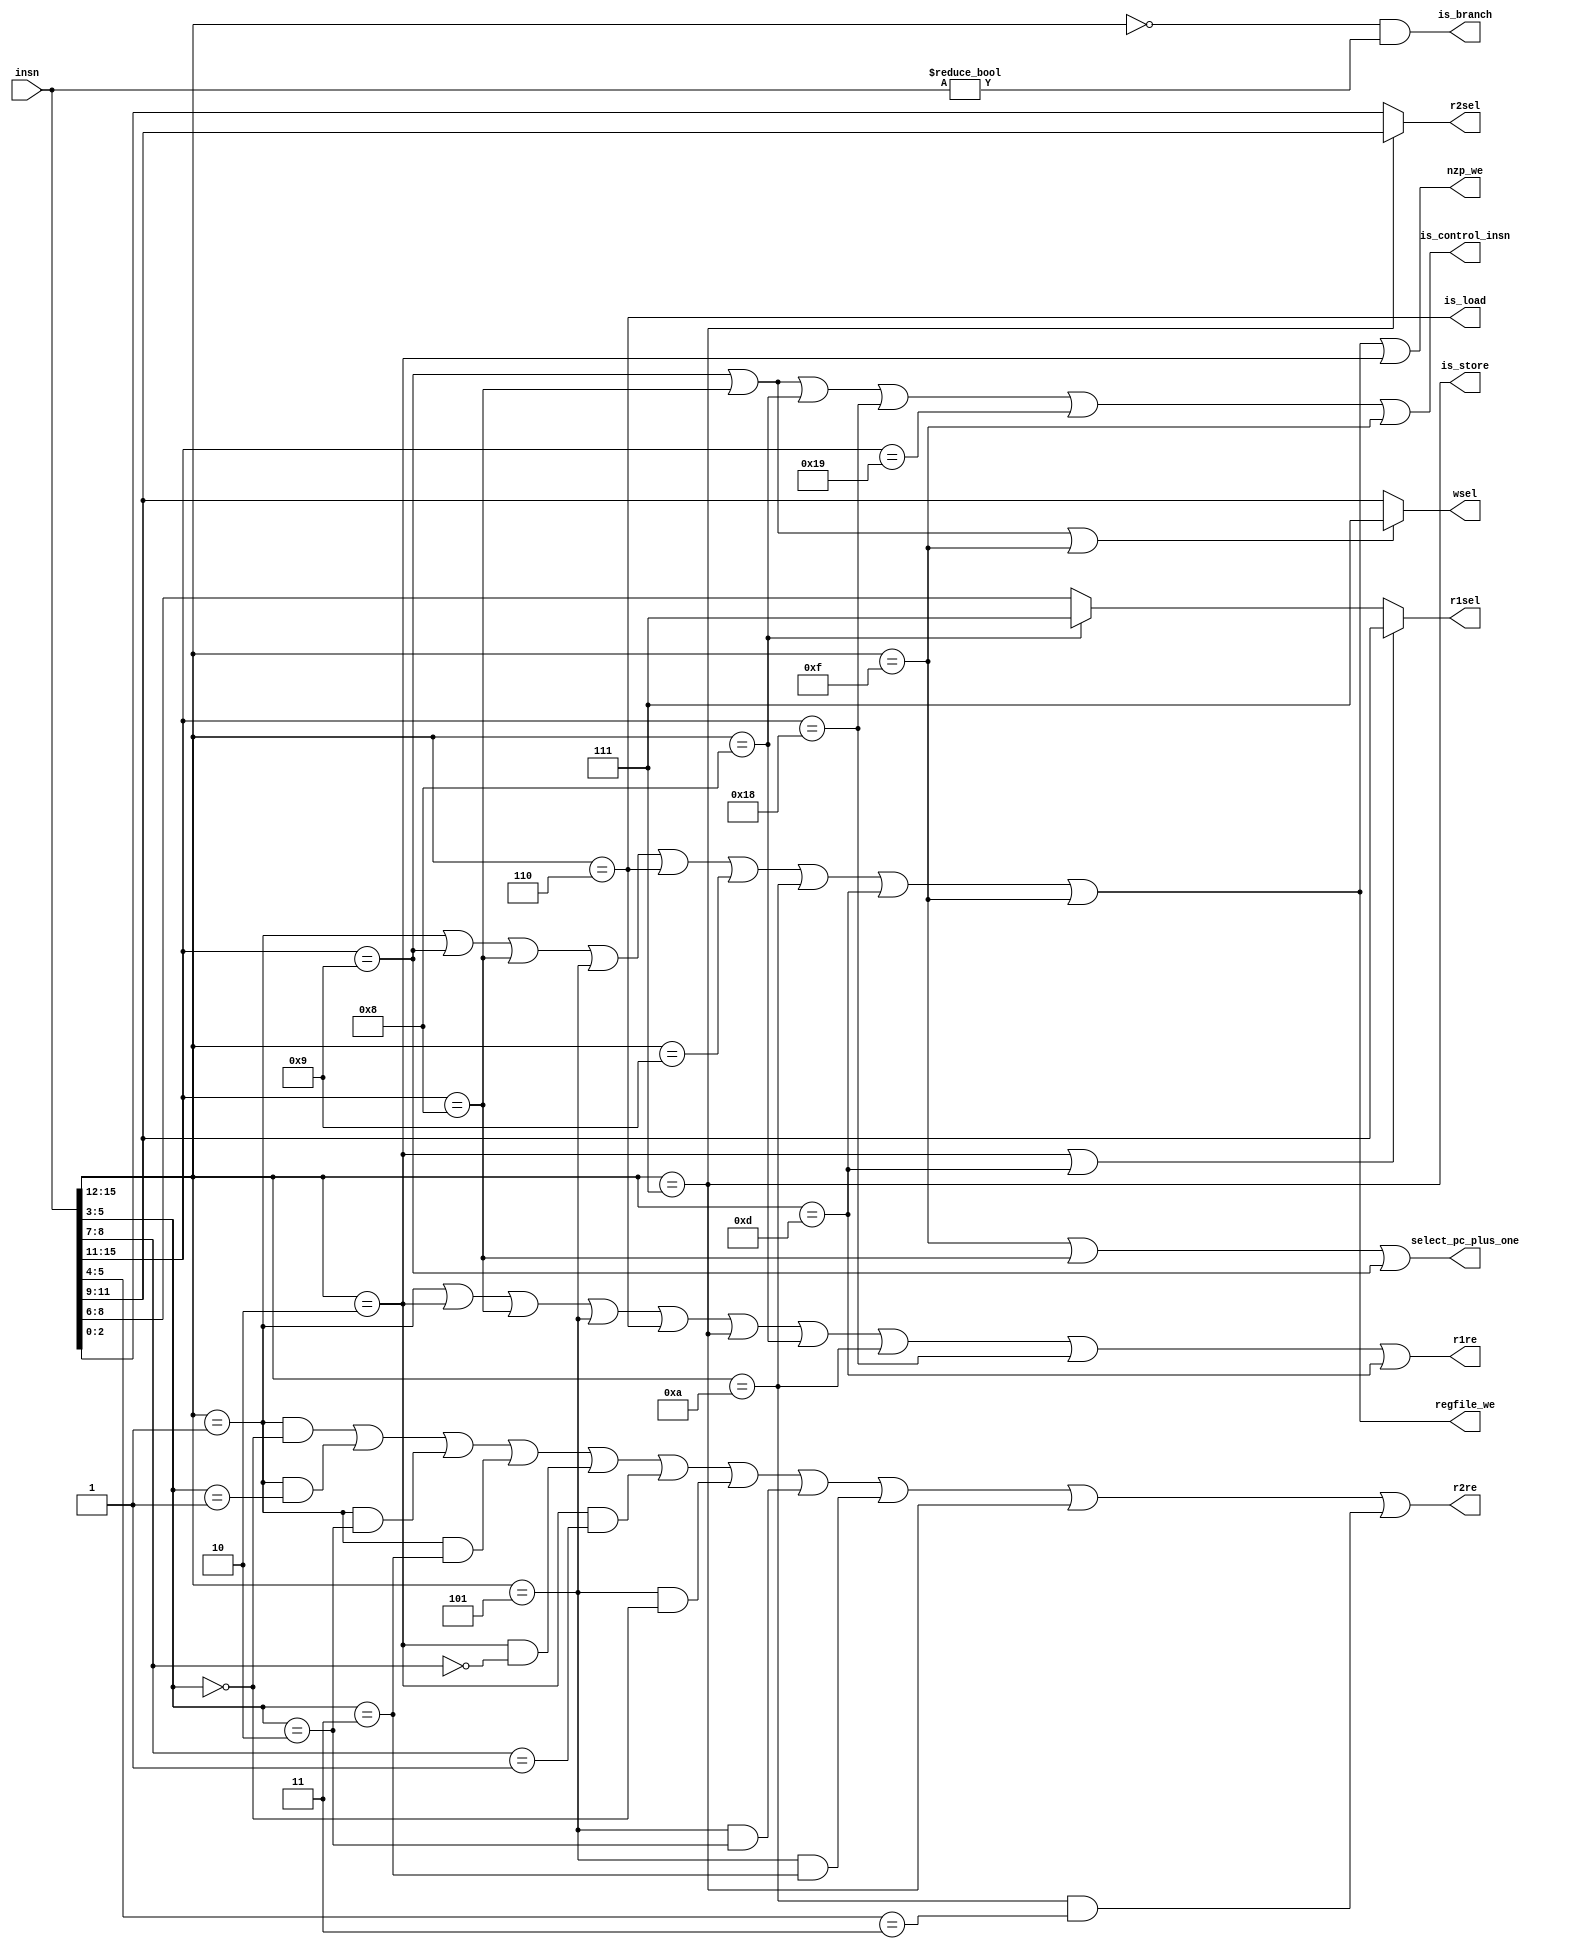
`timescale 1ns / 1ps
`default_nettype none

module lc4_decoder(input  wire [15:0] insn,               // instruction
                   output wire [ 2:0] r1sel,              // rs
                   output wire        r1re,               // does this instruction read from rs?
                   output wire [ 2:0] r2sel,              // rt
                   output wire        r2re,               // does this instruction read from rt?
                   output wire [ 2:0] wsel,               // rd
                   output wire        regfile_we,         // does this instruction write to rd?
                   output wire        nzp_we,             // does this instruction write the NZP bits?
                   output wire        select_pc_plus_one, // route PC+1 to the ALU instead of rs?
                   output wire        is_load,            // is this a load instruction?
                   output wire        is_store,           // is this a store instruction?
                   output wire        is_branch,          // is this a branch instruction?
                   output wire        is_control_insn     // is this a control instruction (JSR, JSRR, RTI, JMPR, JMP, TRAP)?
                   );
   
   // Instruction decoder
   wire [3:0] opcode = insn[15:12];
   assign     is_branch = (opcode == 4'b0000 & insn != 0);

   wire       is_arith = (opcode == 4'b0001);
   wire       is_add = (is_arith & (insn[5:3] == 3'b000));
   wire       is_mul = (is_arith & (insn[5:3] == 3'b001));
   wire       is_sub = (is_arith & (insn[5:3] == 3'b010));
   wire       is_div = (is_arith & (insn[5:3] == 3'b011));
   wire       is_addi = (is_arith & insn[5]);

   wire       is_compare = (opcode == 4'b0010);
   wire       is_cmp = (is_compare & (insn[8:7] == 2'b00));
   wire       is_cmpu = (is_compare & (insn[8:7] == 2'b01));
   wire       is_cmpi = (is_compare & (insn[8:7] == 2'b10));
   wire       is_cmpiu = (is_compare & (insn[8:7] == 2'b11));

   wire       is_jsr = (insn[15:11] == 5'b01001);
   wire       is_jsrr = (insn[15:11] == 5'b01000);

   wire       is_logic = (opcode == 4'b0101);
   wire       is_and = (is_logic & (insn[5:3] == 3'b000));
   wire       is_not = (is_logic & (insn[5:3] == 3'b001));
   wire       is_or = (is_logic & (insn[5:3] == 3'b010));
   wire       is_xor = (is_logic & (insn[5:3] == 3'b011));
   wire       is_andi = (is_logic & insn[5]);
   

   wire       is_ldr = (opcode == 4'b0110);
   wire       is_str = (opcode == 4'b0111);
   wire       is_rti = (opcode == 4'b1000);
   wire       is_const = (opcode == 4'b1001);

   wire       is_shift = (opcode == 4'b1010);
   wire       is_sll = (is_shift & (insn[5:4] == 2'b00));
   wire       is_sra = (is_shift & (insn[5:4] == 2'b01));
   wire       is_srl = (is_shift & (insn[5:4] == 2'b10));
   wire       is_mod = (is_shift & (insn[5:4] == 2'b11));

   
   wire       is_jmpr = (insn[15:11] == 5'b11000);
   wire       is_jmp = (insn[15:11] == 5'b11001);
   wire       is_hiconst = (opcode == 4'b1101);
   wire       is_trap = (opcode == 4'b1111);
   

   // Register file
   assign r1sel = (is_compare | is_hiconst) ? insn[11:9] :  /*rs*/
                  (is_rti) ? 3'd7 : insn[8:6];
   assign r1re = is_arith | 
                 is_compare | 
                 is_jsrr | 
                 is_logic | 
                 is_ldr | 
                 is_str | 
                 is_rti | 
                 is_shift | 
                 is_jmpr |
                 is_hiconst
                 ;
   
   
   assign r2sel = (is_str) ? insn[11:9] : insn[2:0]; /*rt*/
      
   assign r2re = is_add | is_mul |  is_sub | is_div |
                 is_cmp | is_cmpu |
                 is_and | is_or | is_xor |
                 is_str |
                 is_mod;
   
   assign wsel = (is_jsr | is_jsrr | is_trap) ? 3'd7 : insn[11:9];  /*rd*/

   assign regfile_we = is_arith | is_jsr | is_jsrr | is_logic | is_ldr | is_const | is_shift | is_hiconst | is_trap;
   assign nzp_we = regfile_we | is_compare;
   assign select_pc_plus_one = is_trap | is_jsrr | is_jsr;
   assign is_load = is_ldr;
   assign is_store = is_str;
   assign is_control_insn =  is_jsr | is_jsrr | is_rti | is_jmpr | is_jmp | is_trap;

endmodule